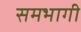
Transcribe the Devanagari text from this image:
समभागी